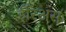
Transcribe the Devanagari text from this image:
ईरिअस